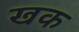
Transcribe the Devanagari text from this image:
खक